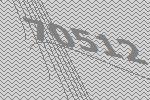
70512